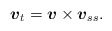
\begin{align*}\mbox{\mathversion{bold}$v$}_{t}=\mbox{\mathversion{bold}$v$}\times \mbox{\mathversion{bold}$v$}_{ss}.\end{align*}